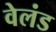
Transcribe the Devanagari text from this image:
वेलंड